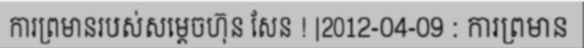
ការព្រមានរបស់សម្តេចហ៊ុន សែន ! |2012-04-09 : ការព្រមាន